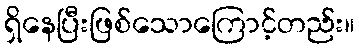
ရှိနေပြီးဖြစ်သောကြောင့်တည်း။